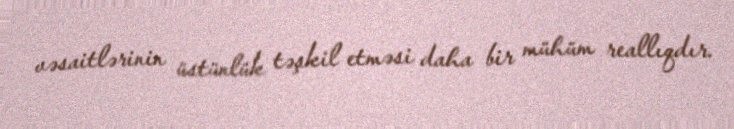
vəsaitlərinin üstünlük təşkil etməsi daha bir mühüm reallıqdır.